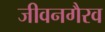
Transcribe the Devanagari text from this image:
जीवनगैरव